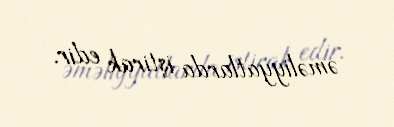
əməliyyatlarda iştirak edir.